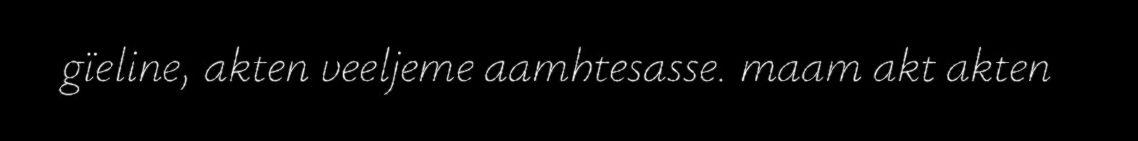
gïeline, akten veeljeme aamhtesasse. maam akt akten